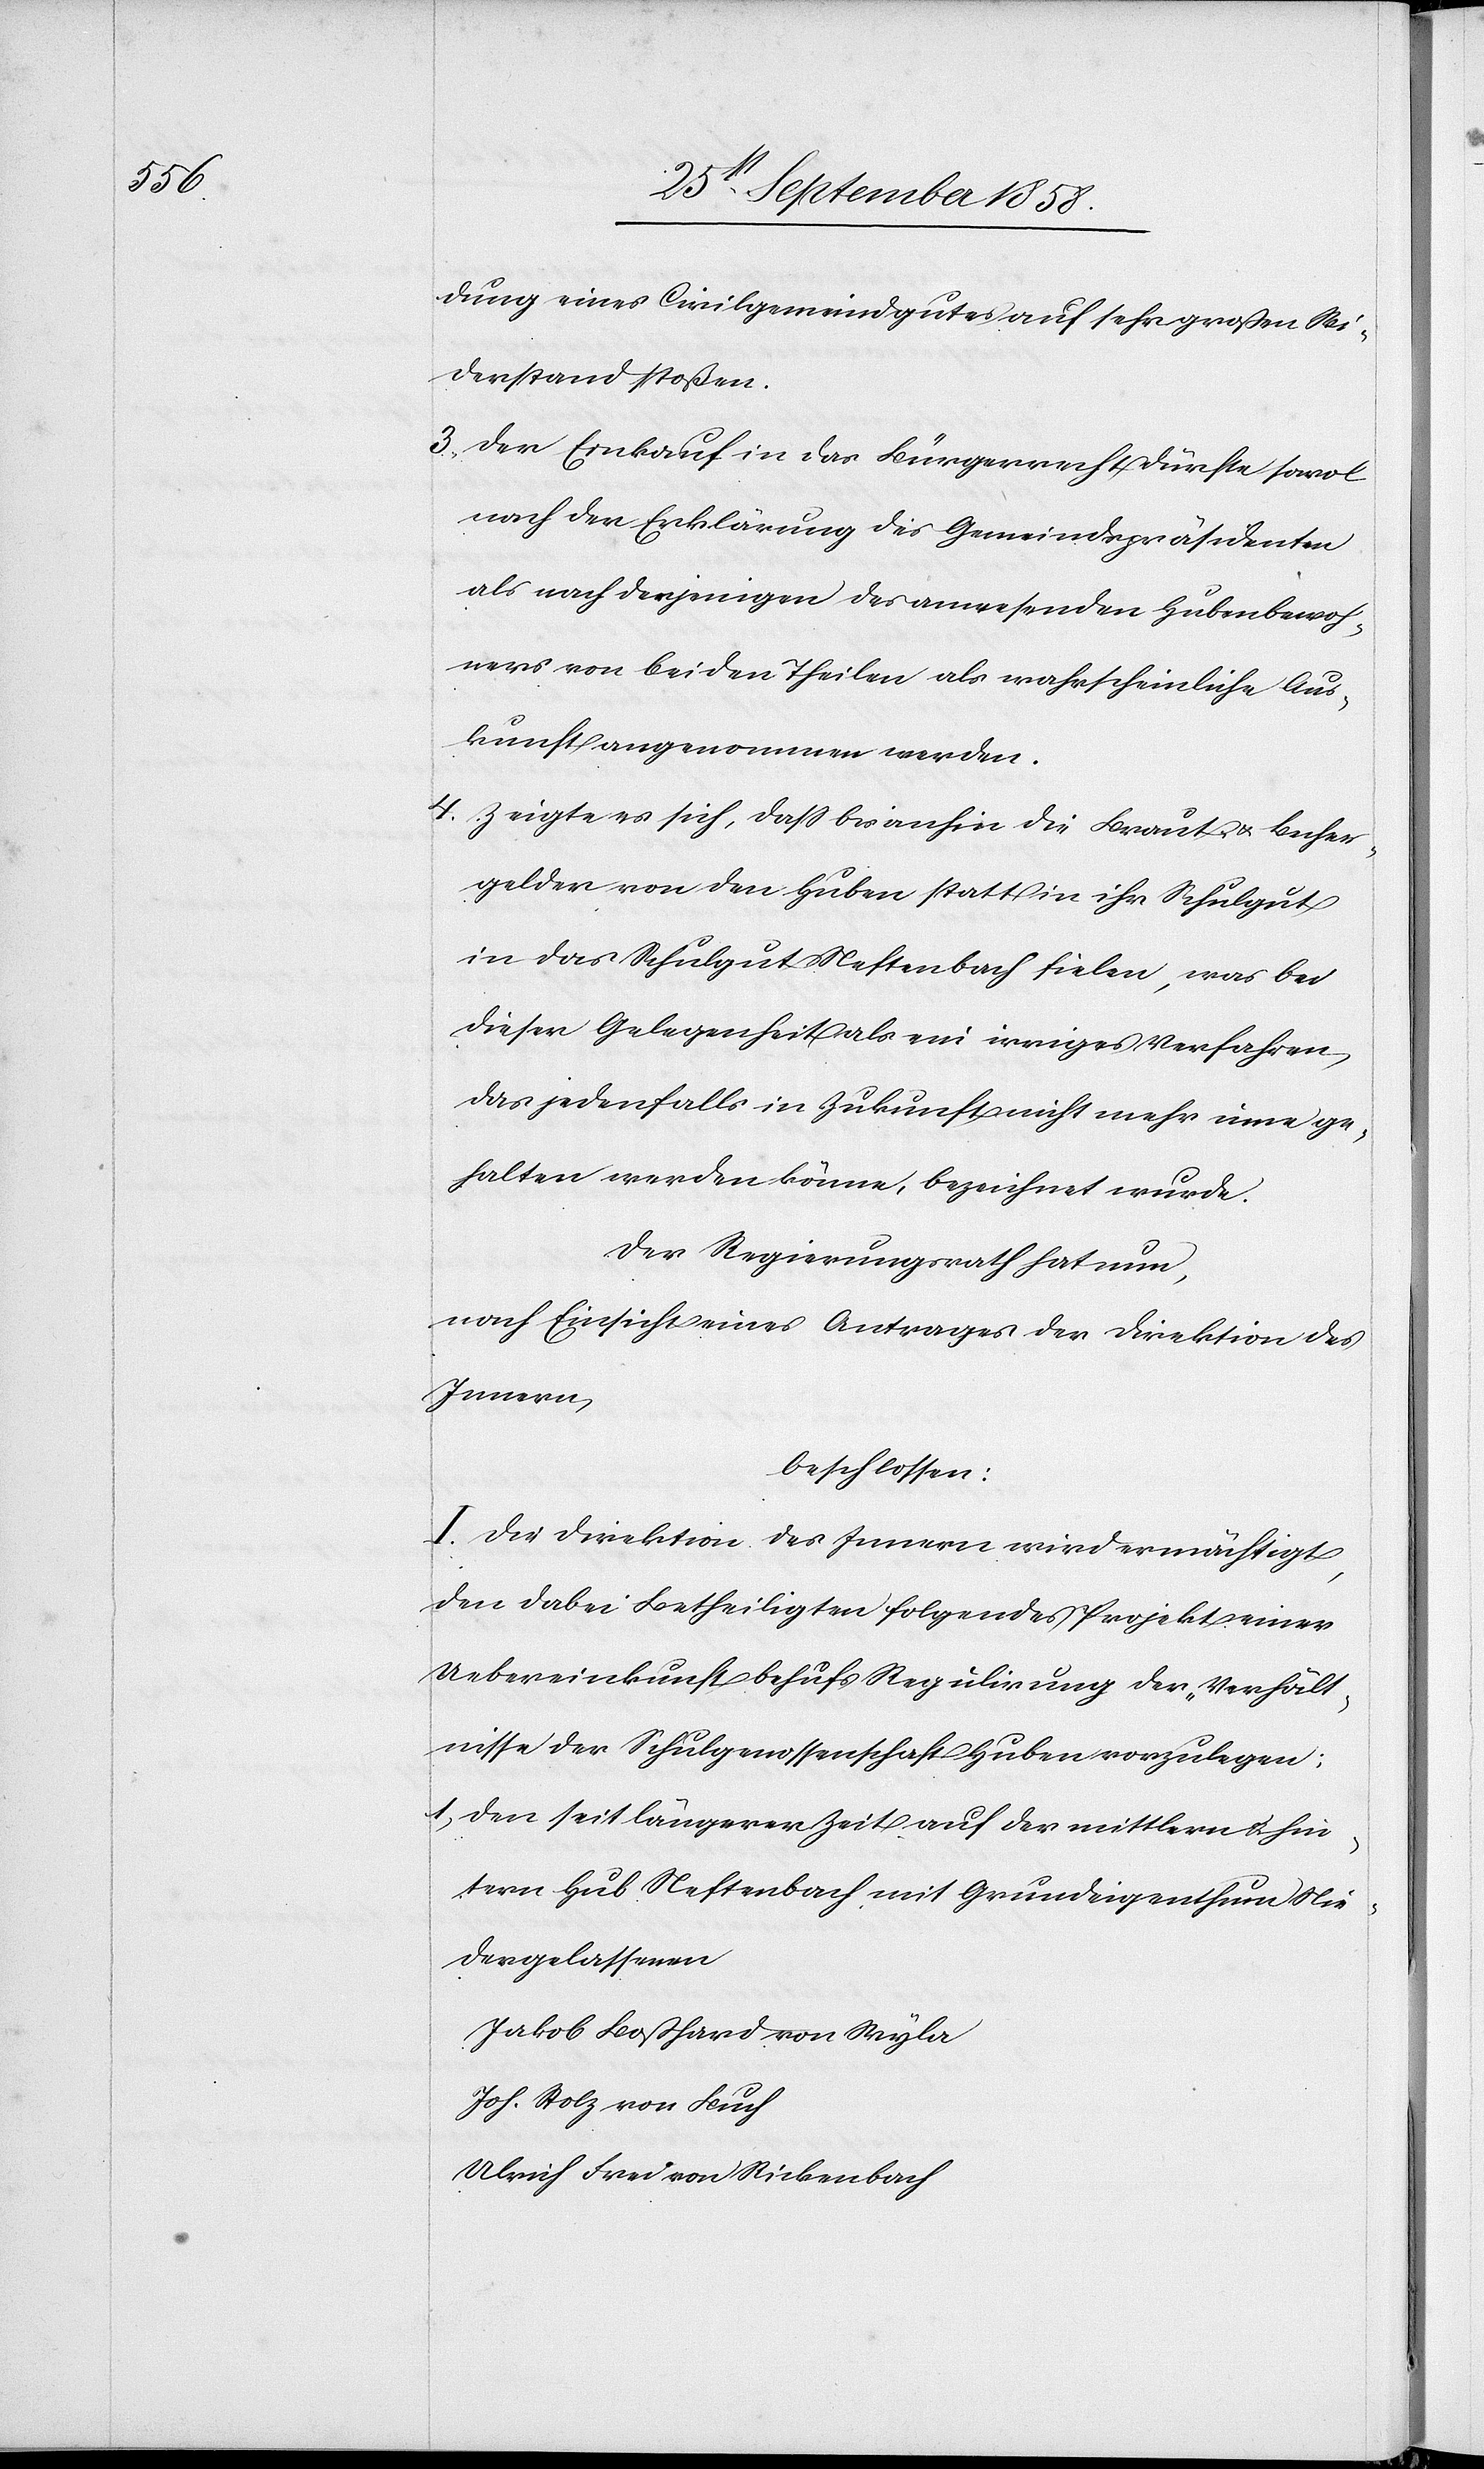
dung eines Civilgemeindgutes auf sehr großen Wi¬
derstand stoßen.
3. Der Einkauf in das Bürgerrecht dürfte sowol
nach der Erklärung des Gemeindspräsidenten
als nach derjenigen des anwesenden Hubenbewoh¬
ners von beiden Theilen als wahrscheinliche Aus¬
kunft angenommen werden.
4. Zeigte es sich, dass bisanhin die Braut- & Becher¬
gelder von den Huben statt in ihr Schulgut
in das Schulgut Neftenbach fielen, was bei
dieser Gelegenheit als ein irriges Verfahren,
das jedenfalls in Zukunft nicht mehr inne ge¬
halten werden könne, bezeichnet wurde.
Der Regierungsrath hat nun,
nach Einsicht eines Antrages der Direktion des
Innern,
beschlossen:
I. Die Direktion des Innern wird ermächtigt,
den dabei Betheiligten folgendes Projekt einer
Uebereinkunft behufs Regulirung der „Verhält¬
nisse der Schulgenossenschaft Huben“ vorzulegen:
1. Den seit längerer Zeit auf der mittlern & hin¬
tern Hub Neftenbach mit Grundeigenthum Nie¬
dergelassenen
Jakob Boßhard von Wyla
Joh. Stolz von Buch
Ulrich Frei von Rickenbach